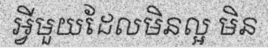
អ្វីមួយដែលមិនល្អ មិន